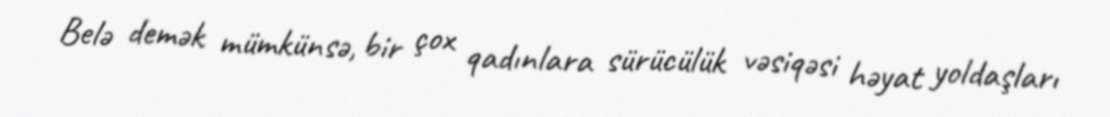
Belə demək mümkünsə, bir çox qadınlara sürücülük vəsiqəsi həyat yoldaşları